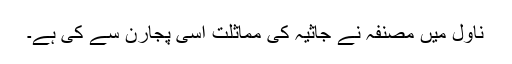
ناول میں مصنفہ نے جاثیہ کی مماثلت اسی پجارن سے کی ہے۔